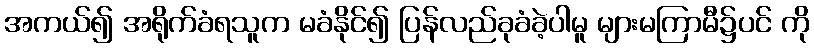
အကယ်၍ အရိုက်ခံရသူက မခံနိုင်၍ ပြန်လည်ခုခံခဲ့ပါမူ များမကြာမီ၌ပင် ကို